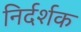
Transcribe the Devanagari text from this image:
निर्दर्शक